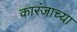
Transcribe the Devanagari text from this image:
कारंजाच्या